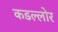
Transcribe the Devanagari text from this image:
कडल्लोर